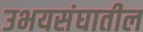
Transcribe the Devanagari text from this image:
उभयसंघातील